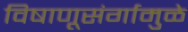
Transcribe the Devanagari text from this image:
विषाणूसंर्गामुळे